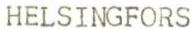
HELSINGFORS